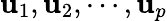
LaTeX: \mathbf{u}_{1},\mathbf{u}_{2},\cdots,\mathbf{u}_{p}